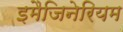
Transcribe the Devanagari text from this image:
इमैजिनेरियम